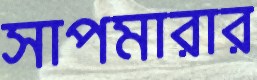
সাপমারার